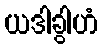
ယဒါခွါဟံ